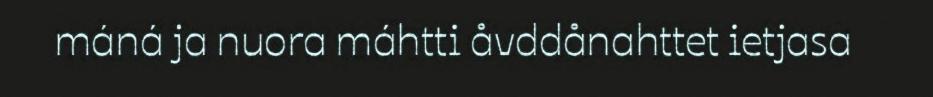
máná ja nuora máhtti åvddånahttet ietjasa